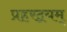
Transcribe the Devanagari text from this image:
प्रहरद्वयम्